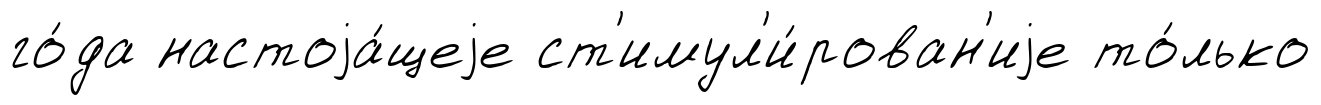
го́да настоjа́щеjе ст'имул'и́рован'иjе то́лько